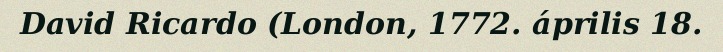
David Ricardo (London, 1772. április 18.